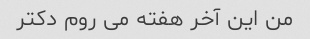
من این آخر هفته می روم دکتر